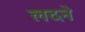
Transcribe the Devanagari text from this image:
लदने